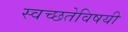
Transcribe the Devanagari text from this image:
स्वच्छतेविषयी